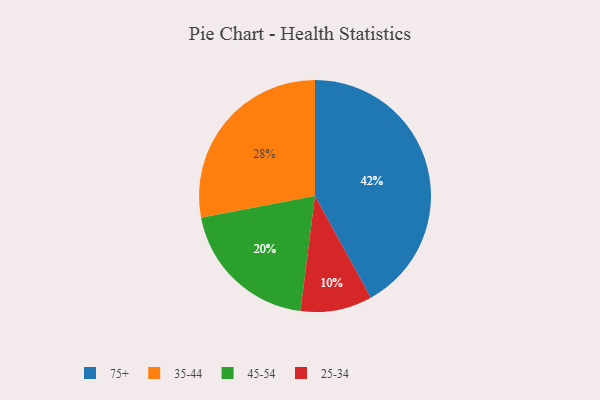
{"axis": {"x": "Category", "y": "Percentage"}, "legend": ["25-34", "35-44", "45-54", "75+"], "data": [{"x": "45-54", "y": 20, "type": "45-54"}, {"x": "35-44", "y": 28, "type": "35-44"}, {"x": "75+", "y": 42, "type": "75+"}, {"x": "25-34", "y": 10, "type": "25-34"}]}